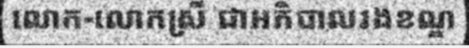
លោក-លោកស្រី ជាអភិបាលរងខណ្ឌ